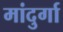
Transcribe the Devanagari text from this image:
मांदुर्गा